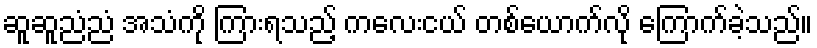
ဆူဆူညံညံ အသံကို ကြားရသည့် ကလေးငယ် တစ်ယောက်လို ကြောက်ခဲ့သည်။